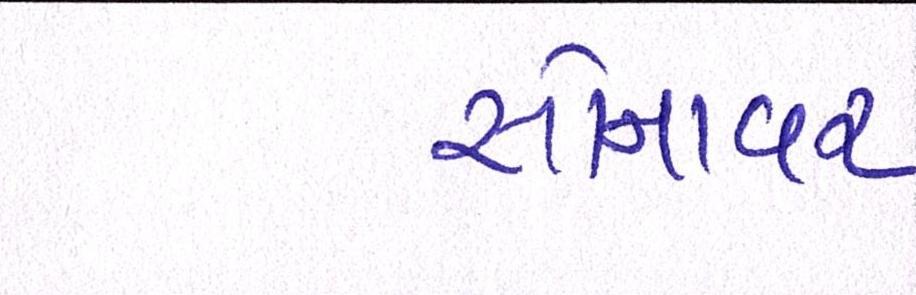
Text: સોનાવર